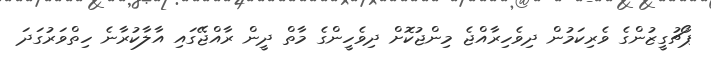
ޕޯޗުގީޒުންގެ ވެރިކަމުން ދިވެހިރާއްޖެ މިންޖުކޮށް ދިވެހީންގެ މާތް ދީން ރާއްޖޭގައި އާލާކުރާނެ ހިތްވަރުގަދަ